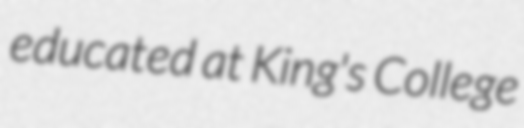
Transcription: educated at King's College